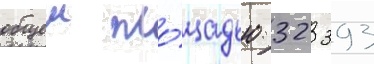
общеи пло́щадью 32 393